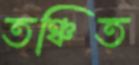
তঞ্চিত